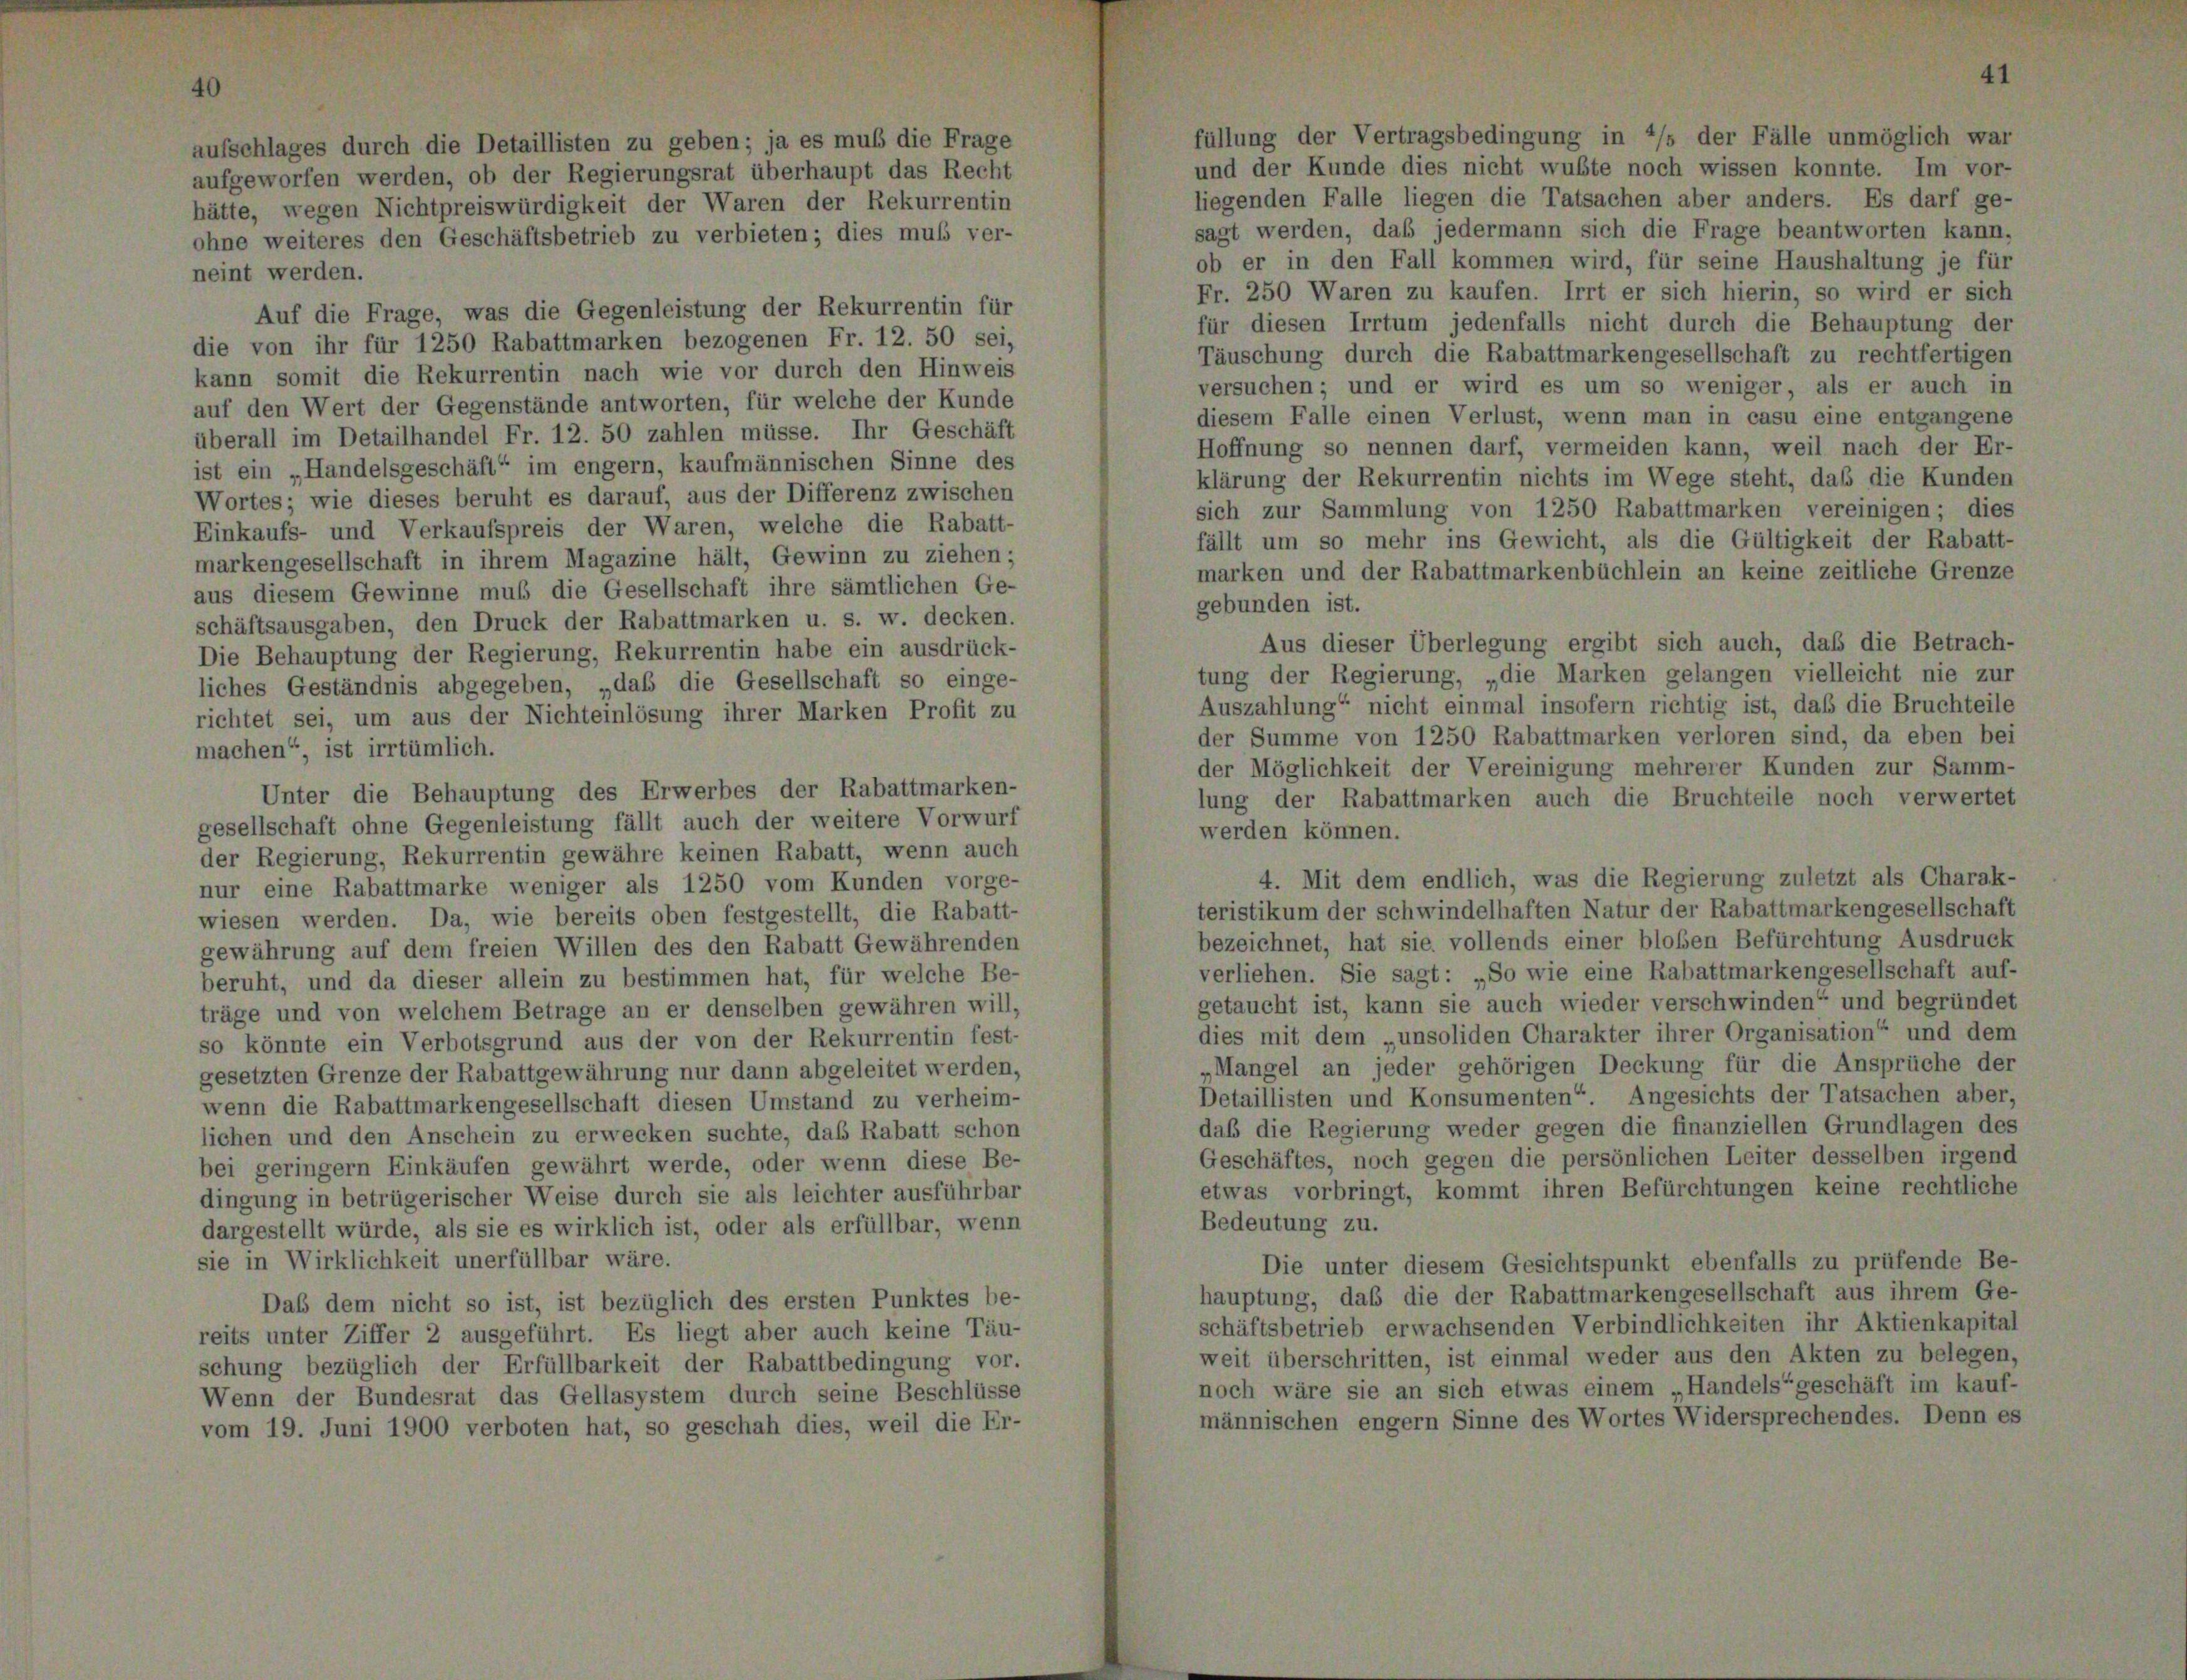
ligkeit der Waren

Ro

R

zurre

Auf die Frage, was die Gegenleistung der Rekurrentin für
lie von ihr für 1250 Rabattmarken bezogenen Fr. 12. 50 sei,
kann somit die Rekurrentin nach wie vor durch den Hinweis
auf den Wert der Gegenstände antworten, für welche der Kunde
überall im Detailhandel Fr. 12. 50 zahlen müsse. Ihr Geschäft
ist ein „Handelsgeschäft“ im engem, kaufmännischen Sinne des
Wortes; wie dieses beruht es darauf, aus der Differenz zwischen
Einkaufs- und Verkaufspreis der Waren, welche die Rabatt-
markengesellschaft in ihrem Magazine hält, Gewinn zu ziehen;
aus diesem Gewinne muß die Gesellschaft ihre sämtlichen Ge-
schäftsausgaben, den Druck der Rabattmarken u. s. w. decken.
Die Behauptung der Regierung, Rekurrentin habe ein ausdrück-
liches Geständnis abgegeben, „daß die Gesellschaft so einge-
richtet sei, um aus der Nichteinlösung ihrer Marken Profit zu
machen“, ist irrtümlich.
Unter die Behauptung des Erwerbes der Rabattmarken-
gesellschaft ohne Gegenleistung fällt auch der weitere Vorwurf
der Regierung, Rekurrentin gewähre keinen Rabatt, wenn auch
nur eine Rabattmarke weniger als 1250 vom Kunden vorge-
wiesen werden. Da, wie bereits oben festgestellt, die Rabatt-
gewährung auf dem freien Willen des den Rabatt Gewährenden
beruht, und da dieser allein zu bestimmen hat, für welche Be-
träge und von welchem Betrage an er denselben gewähren will,
so könnte ein Verbotsgrund aus der von der Rekurrentin fest-
gesetzten Grenze der Rabattgewährung nur dann abgeleitet werden,
wenn die Rabattmarkengesellschaft diesen Umstand zu verheim-
lichen und den Anschein zu erwecken suchte, das Rabatt schon
bei geringer Einkäufen gewährt werde, oder wenn diese Be-
dingung in betrügerischer Weise durch sie als leichter ausführbar
dargestellt würde, als sie es wirklich ist, oder als erfüllbar, wenn
sie in Wirklichkeit unerfüllbar wäre.
Daß dem nicht so ist, ist bezüglich des ersten Punktes be-
reits unter Ziffer 2 ausgeführt. Es liegt aber auch keine Täu-
schung bezüglich der Erfüllbarkeit der Rabattbedingung vor.
Wenn der Bundesrat das Gellasystem durch seine Beschlüsse
vom 19. Juni 1900 verboten hat, so geschah dies, weil die Er-

liegenden Falle liegen die Tatsachen aber anders. Es das
sagt werden, daß jedermann sich die Frage beantworten
ob er in den Fall kommen wird, für seine Haushaltung I
Fr. 250 Waren zu kaufen. Irrt er sich hierin, so wird e
für diesen Irrtum jedenfalls nicht durch die Behauptun
Täuschung durch die Rabattmarkengesellschaft zu rechtfe
versuchen; und er wird es um so weniger, als er au
diesem Falle einen Verlust, wenn man in casu eine entge
Hoffnung so nennen darf, vermeiden kann, weil nach d.
klärung der Rekurrentin nichts im Wege steht, daß die E
sich zur Sammlung von 1250 Rabattmarken vereinigen:
fällt um so mehr ins Gewicht, als die Gültigkeit der R
marken und der Rabattmarkenbüchlein an keine zeitliche C

r

Aus dieser Überlegung ergibt si
der Regierung, „die Marken s
lung“ nicht einmal insofern rit
mme von 1250 Rabattmarken
öglichkeit der Vereinigung meh

verliehen. Sie sagt: „So wie eine I
etaucht ist, kann sie auch wieder v.
lies mit dem „unsoliden Charakter is
Mangel an jeder gehörigen Decke
Detaillisten und Konsumenten“ An
daß die Regierung weder gegen die
Geschäftes, noch gegen die persönlic
etwas vorbringt, kommt ihren Bef

ezeichnet, hat sie vollends einer bl

em Gesichtspr

, daß die B
vielleicht